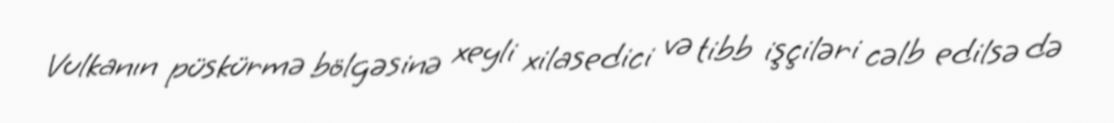
Vulkanın püskürmə bölgəsinə xeyli xilasedici və tibb işçiləri cəlb edilsə də